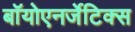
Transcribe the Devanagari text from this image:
बॉयोएनर्जेटिक्स